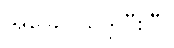
အခြေပြုသဒ္ဒါပြီးပြီ။